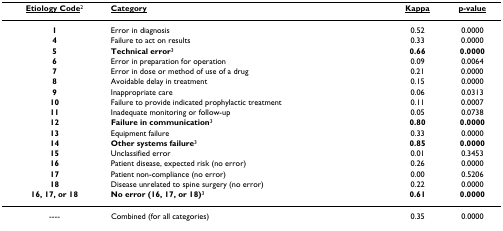
| <underline>Etiology Code</underline>2 | <underline>Category</underline> | <underline>Kappa</underline> | <underline>p-value</underline> |
 | --- | --- | --- | --- |
 | 1 | Error in diagnosis | 0.52 | 0.0000 |
 | 4 | Failure to act on results | 0.33 | 0.0000 |
 | 5 | Technical error3 | 0.66 | 0.0000 |
 | 6 | Error in preparation for operation | 0.09 | 0.0064 |
 | 7 | Error in dose or method of use of a drug | 0.21 | 0.0000 |
 | 8 | Avoidable delay in treatment | 0.15 | 0.0000 |
 | 9 | Inappropriate care | 0.06 | 0.0313 |
 | 10 | Failure to provide indicated prophylactic treatment | 0.11 | 0.0007 |
 | 11 | Inadequate monitoring or follow-up | 0.05 | 0.0738 |
 | 12 | Failure in communication3 | 0.80 | 0.0000 |
 | 13 | Equipment failure | 0.33 | 0.0000 |
 | 14 | Other systems failure3 | 0.85 | 0.0000 |
 | 15 | Unclassified error | 0.01 | 0.3453 |
 | 16 | Patient disease, expected risk (no error) | 0.26 | 0.0000 |
 | 17 | Patient non-compliance (no error) | 0.00 | 0.5206 |
 | 18 | Disease unrelated to spine surgery (no error) | 0.22 | 0.0000 |
 | 16, 17, or 18 | No error (16, 17, or 18)3 | 0.61 | 0.0000 |
 | ---- | Combined (for all categories) | 0.35 | 0.0000 |